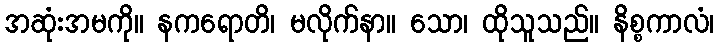
အဆုံးအမကို။ နကရောတိ၊ မလိုက်နာ။ သော၊ ထိုသူသည်။ နိစ္စကာလံ၊